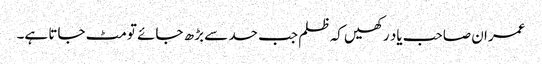
عمران صاحب یاد رکھیں کہ ظلم جب حد سے بڑھ جائے تو مٹ جاتا ہے۔